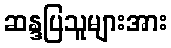
ဆန္ဒပြသူများအား